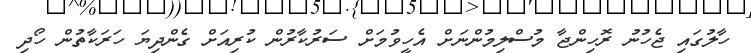
ހާލުގައި ޖެހުނު ރޮހިންޖާ މުސްލިމުންނަށް އެހީވުމަށް ސަރުކާރުން ކުރިއަށް ގެންދިޔަ ހަރަކާތުން ހޯދި